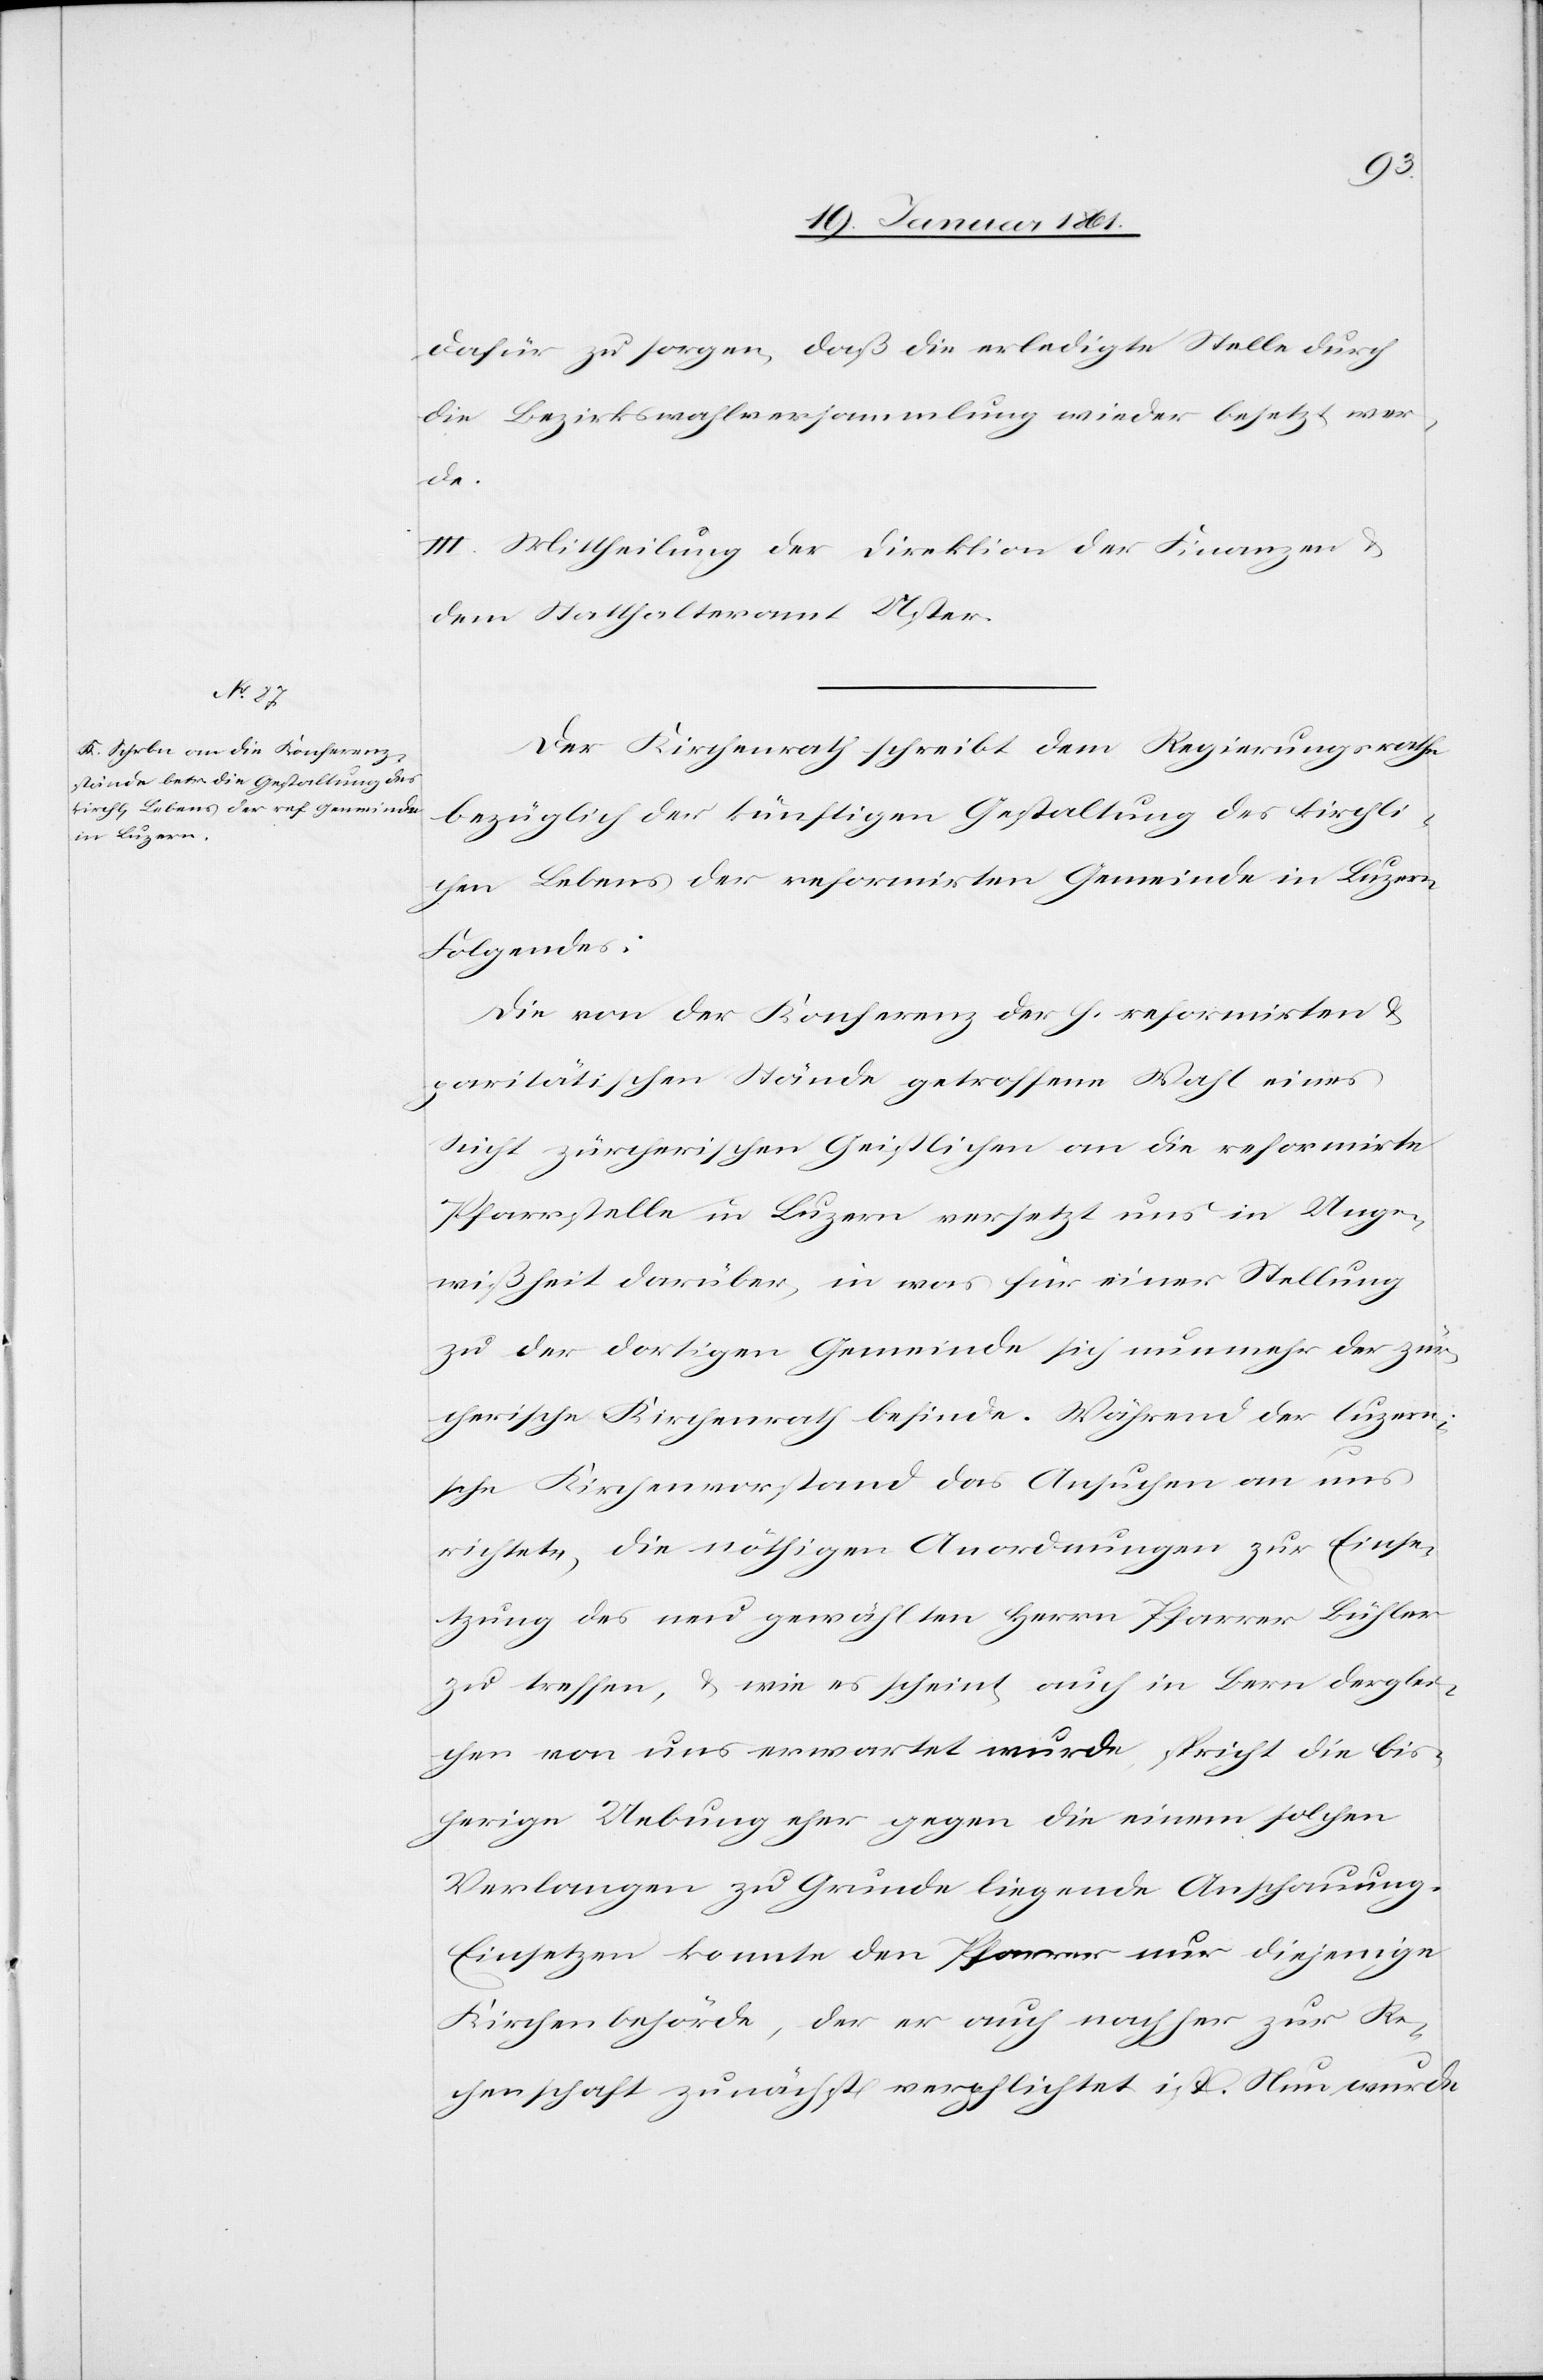
dafür zu sorgen, daß die erledigte Stelle durch
die Bezirkswahlversammlung wieder besetzt wer¬
de.
III. Mittheilung der Direktion der Finanzen u.
dem Statthalteramt Uster.
Der Kirchenrath schreibt dem Regierungsrathe
bezüglich der künftigen Gestaltung des kirchli¬
chen Lebens der reformirten Gemeinde in Luzern
Folgendes:
[„]Die von der Konferenz der h. reformirten u.
paritätischen Stände getroffene Wahl eines
Nicht zürcherischen Geistlichen an die reformirte
Pfarrstelle in Luzern versetzt uns in Unge¬
wißheit darüber, in was für einer Stellung
zu der dortigen Gemeinde sich nunmehr der zür¬
cherische Kirchenrath befinde. Während der luzerni¬
sche Kirchenvorstand das Ansuchen an uns
richtete, die nöthigen Anordnungen zur Einsen¬
dung des neu gewählten Herrn Pfarrer Bühler
zu treffen, u. wie es scheint auch in Bern derglei¬
chen von uns erwartet wurde, spricht die bis¬
herige Uebung eher gegen die einem solchen
Verlangen zu Grunde liegende Anschauung.
Einsetzen konnte den Pfarrer nur diejenige
Kirchenbehörde, der er auch nachher zur Re¬
chenschaft zunächst verpflichtet ist. Nun wurde